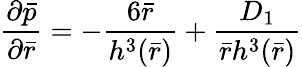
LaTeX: \frac{{\partial}\bar{p}}{{\partial}\bar{r}}=-\frac{6\bar{r}}{{h^{3}(\bar{r})}}+\frac{D_{1}}{\bar{r}{h^{3}(\bar{r})}}